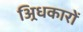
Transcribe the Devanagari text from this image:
अ्रिधकारों